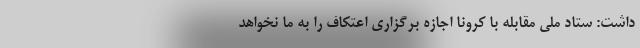
داشت: ستاد ملی مقابله با کرونا اجازه برگزاری اعتکاف را به ما نخواهد